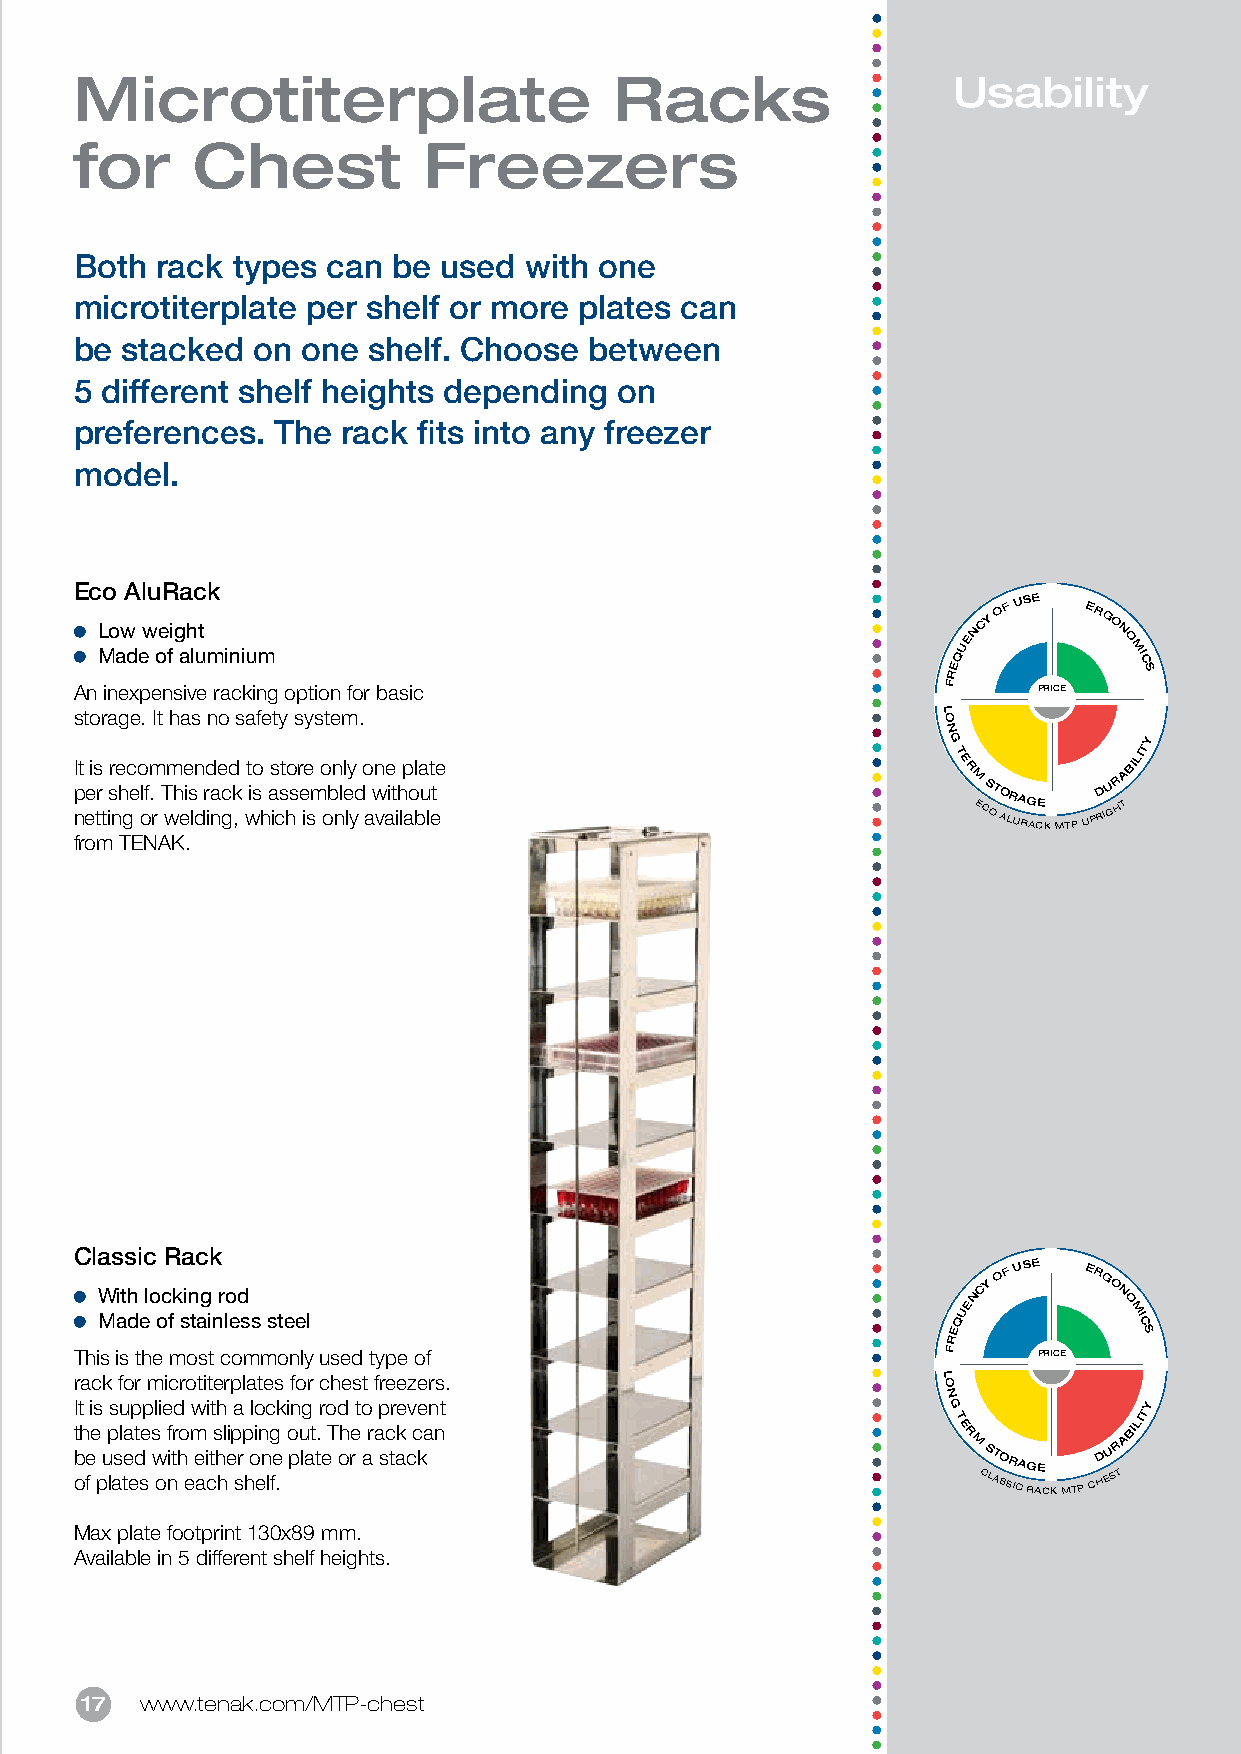
Microtiterplate                     Racks                 Usability
 for     Chest          Freezers
 Both rack types  can be used  with one
 microtiterplate per shelf or more plates can
 be stacked  on one shelf. Choose  between
 5 different shelf heights depending on
 preferences. The  rack fits into any freezer
 model.
 Eco AluRack
 L Mo aw
 d
 ew oe fig ah lut
 minium
 REQUENCY
 OF
 USE
 ERG
 O
 N
 O
 M IC
 S
 An inexpensive racking option for basic                   F     PRICE
 storage. It has no safety system.                        L O
 N
 G            Y
 I
 p
 nt eeis
 tr
 t
 isr ne
 h
 gc
 e
 o olfm
 .
 r
 T
 wm
 h
 ee
 is
 ldn rd inae gcd
 k
 ,
 wt iso
 h
 as icst ho
 s
 r
 e
 ie
 sm
 o obn nlel ly
 yd
 o
 a
 wn vae
 it
 i
 h
 lp aol ba
 u
 lt ete
 T
 E
 R M E CS OT O ALR UA RG ACE
 K MTP
 UPRD IU GR HA
 TBILIT
 from TENAK.
 Classic Rack
 With locking rod                                          NCY
 OF
 USE
 ERG
 O N
 Made of stainless steel                                  QUE        O M IC
 E            S
 R
 This is the most commonly used type of                    F     PRICE
 rack for microtiterplates for chest freezers.            L O
 N
 It is supplied with a locking rod to prevent              G            Y
 t
 b
 oh
 fe
 e
 p
 up lasl ta
 e
 et
 d
 se s
 w
 o
 f nitr ho
 e
 m
 e ai
 c
 ts
 h
 hl ei p srp hoi en
 n
 lfg
 e
 .
 o pu lat t.
 e
 T oh re ar a sc tak cc ka n
 T
 E
 R
 M
 C
 S LT AO SSR ICA G RAE
 CK MTP
 CHD EU SR
 TABILIT
 Max plate footprint 130x89 mm.
 Available in 5 different shelf heights.
 17  www.tenak.com/MTP-chest